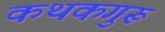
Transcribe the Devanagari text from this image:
कथकगुरू